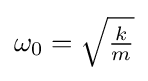
{\textstyle \omega _{0}={\sqrt {\frac {k}{m}}}}